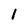
Character: 1